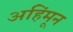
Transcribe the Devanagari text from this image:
अहिंमून